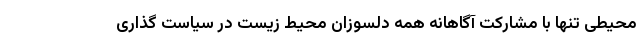
محیطی تنها با مشارکت آگاهانه همه دلسوزان محیط زیست در سیاست گذاری